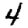
Digit: 4